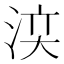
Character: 𣵉